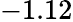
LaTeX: -1.12